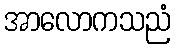
အာလောကသညံ